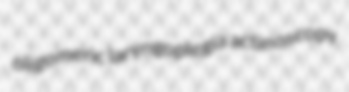
oligomeric laryngoplegia actinoscopy